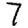
Digit: 7